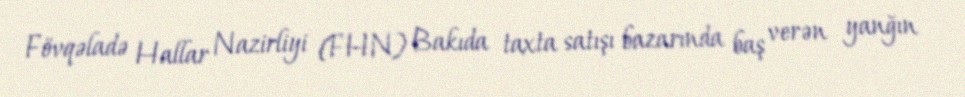
Fövqəladə Hallar Nazirliyi (FHN) Bakıda taxta satışı bazarında baş verən yanğın